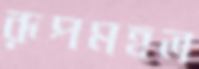
রূপমহল